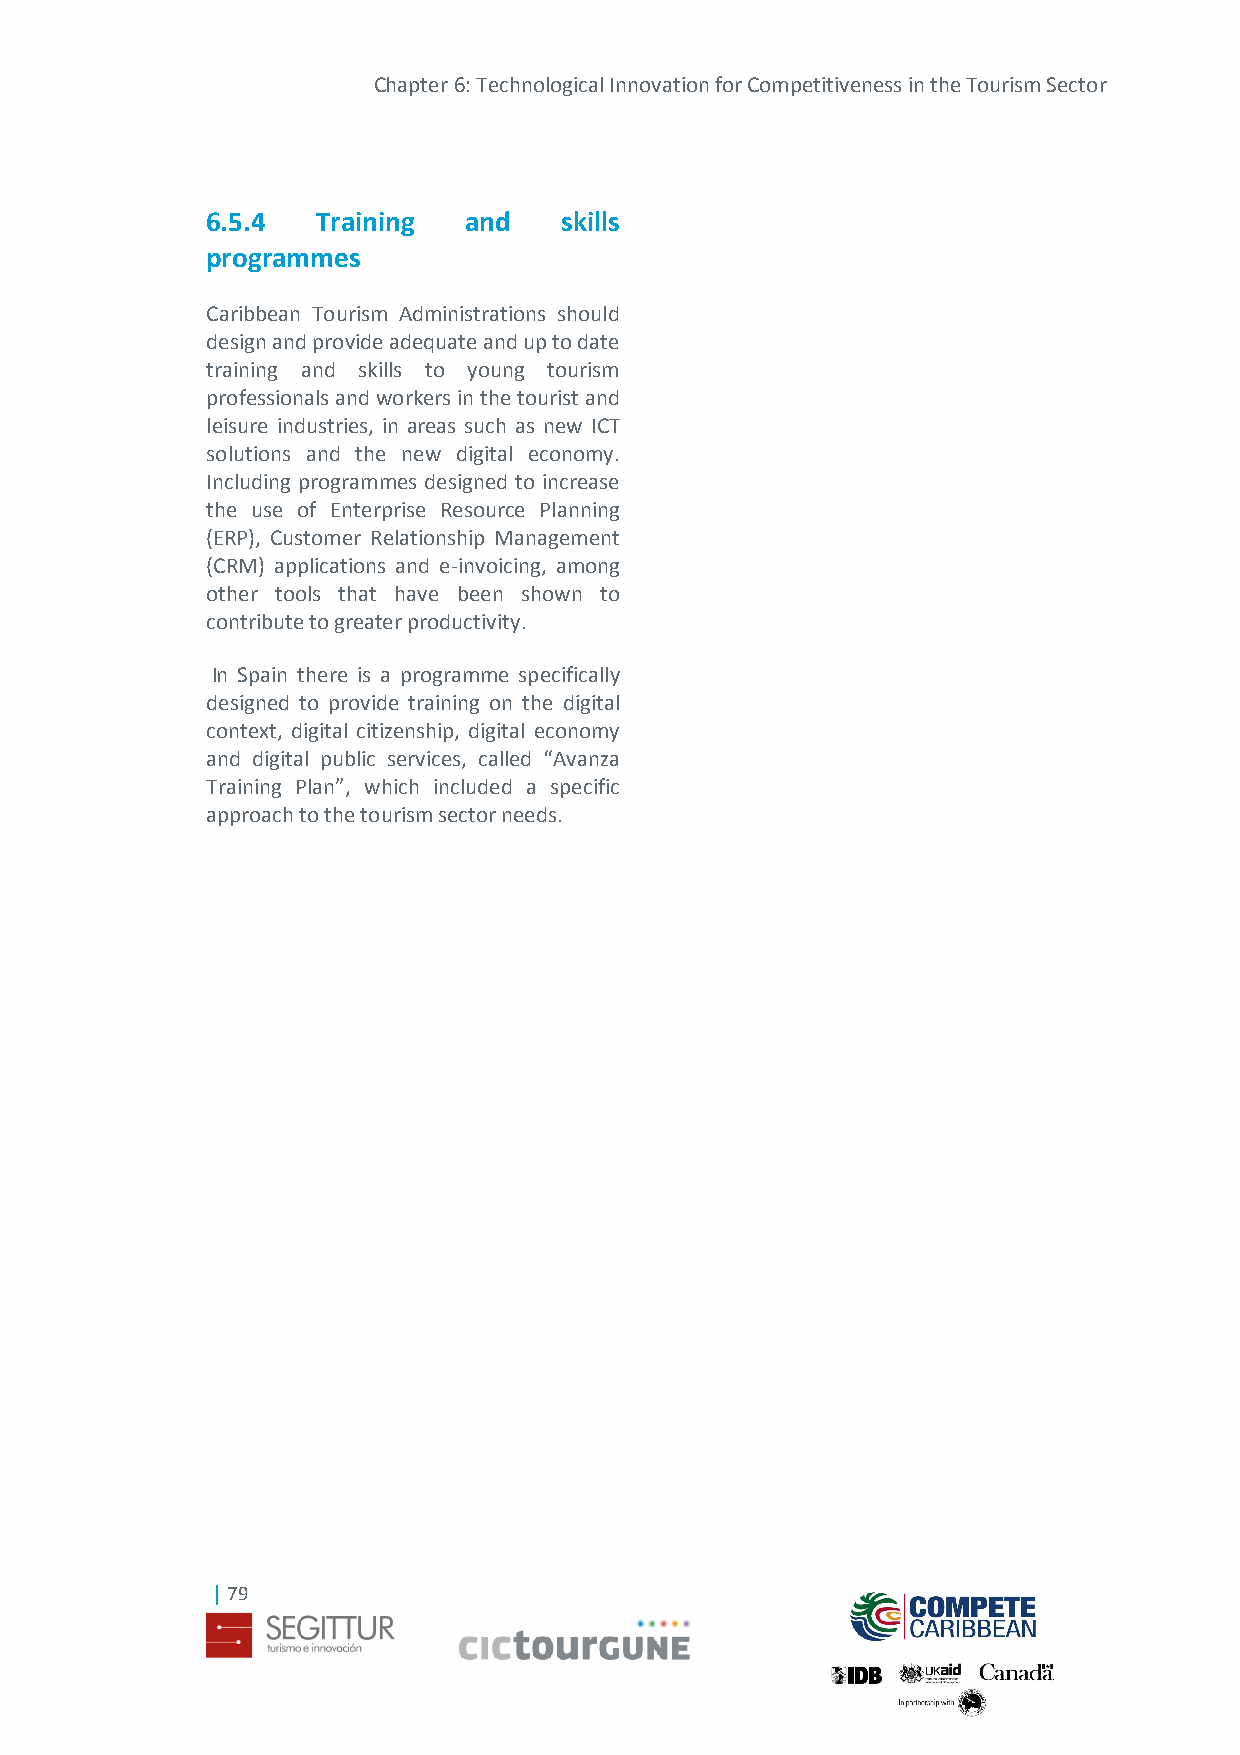
Chapter 6: Technological Innovation for Competitiveness in the Tourism Sector
 6.5.4  Training  and   skills
 programmes
 Caribbean Tourism Administrations should
 design and provide adequate and up to date
 training and skills to young tourism
 professionals and workers in the tourist and
 leisure industries, in areas such as new ICT
 solutions and the new digital economy.
 Including programmes designed to increase
 the use of Enterprise Resource Planning
 (ERP), Customer Relationship Management
 (CRM) applications and e-invoicing, among
 other tools that have been shown to
 contribute to greater productivity.
 In Spain there is a programme specifically
 designed to provide training on the digital
 context, digital citizenship, digital economy
 and digital public services, called “Avanza
 Training Plan”, which included a specific
 approach to the tourism sector needs.
 | 79